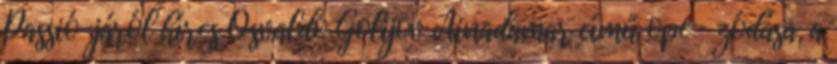
Passió-járól híres Osvaldo Golijov Ainadamar című ope- zódása, a